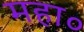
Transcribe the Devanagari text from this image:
महा०